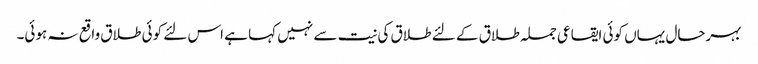
بہرحال یہاں کوئی ایقاعی جملہ طلاق کے لئے طلاق کی نیت سے نہیں کہا ہے اس لئے کوئی طلاق واقع نہ ہوئی۔